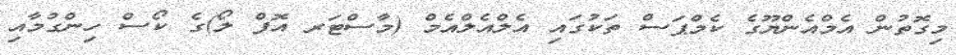
މިގޮތުން އެމްއެންޔޫގެ ކެމްޕަސް ތަކުގައި އެލްއެލްއެމް (މާސްޓަރ އޮފް ލޯ)ގެ ކޯސް ހިންގުމާއި